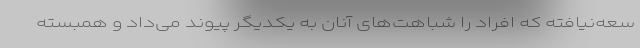
سعه‌نیافته که افراد را شباهت‌های آنان به یکدیگر پیوند می‌داد و همبسته